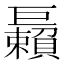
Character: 𢀲